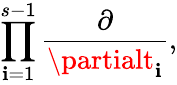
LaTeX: \prod_{\mathbf{i}=1}^{s-1}\frac{{\partial}}{{\partialt_{\mathbf{i}}}},